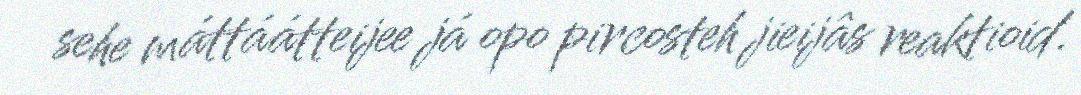
sehe máttáátteijee já opo pircosteh jieijâs reaktioid.